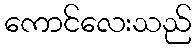
ကောင်လေးသည်